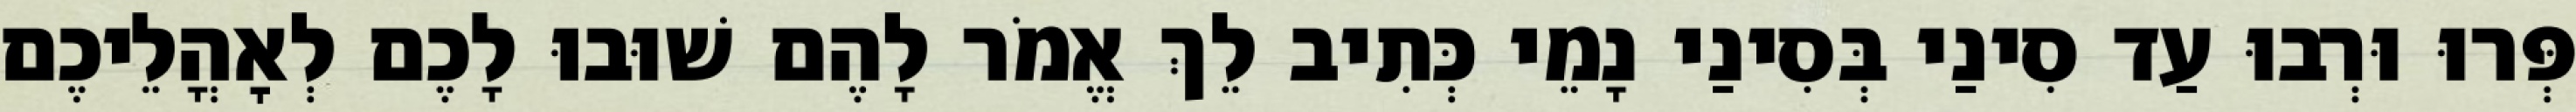
פְּרוּ וּרְבוּ עַד סִינַי בְּסִינַי נָמֵי כְּתִיב לֵךְ אֱמֹר לָהֶם שׁוּבוּ לָכֶם לְאׇהֳלֵיכֶם